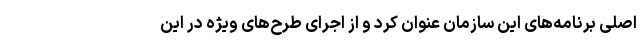
اصلی برنامه‌های این سازمان عنوان کرد و از اجرای طرح‌های ویژه در این